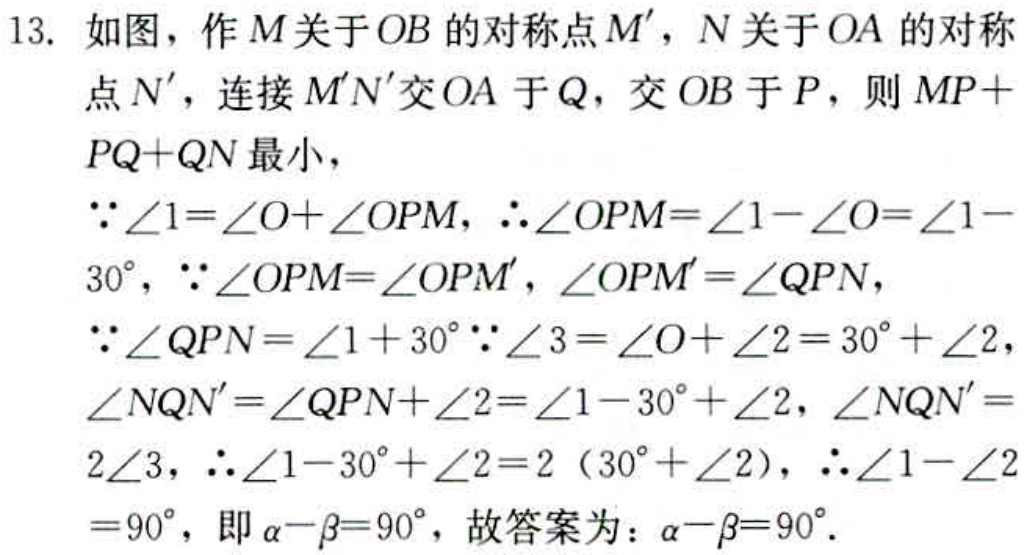
13. 如图，作 \(M\) 关于 \(OB\) 的对称点 \(M'\)，\(N\) 关于 \(OA\) 的对称点 \(N'\)，连接 \(M'N'\) 交 \(OA\) 于 \(Q\)，交 \(OB\) 于 \(P\)，则 \(MP + PQ+QN\) 最小，
\(\because\angle1 = \angle O+\angle OPM\)，\(\therefore\angle OPM=\angle1 - \angle O=\angle1 - 30^{\circ}\)，\(\because\angle OPM=\angle OPM'\)，\(\angle OPM'=\angle QPN\)，
\(\because\angle QPN=\angle1 + 30^{\circ}\because\angle3=\angle O+\angle2 = 30^{\circ}+\angle2\)，
\(\angle NQN'=\angle QPN+\angle2=\angle1 - 30^{\circ}+\angle2\)，\(\angle NQN' = 2\angle3\)，\(\therefore\angle1 - 30^{\circ}+\angle2=2(30^{\circ}+\angle2)\)，\(\therefore\angle1-\angle2 = 90^{\circ}\)，即 \(\alpha-\beta = 90^{\circ}\)，故答案为：\(\alpha-\beta = 90^{\circ}\).